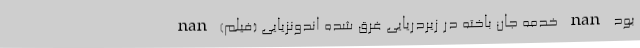
بود nan خدمه جان باخته در زیردریایی غرق شده اندونزیایی (فیلم) nan